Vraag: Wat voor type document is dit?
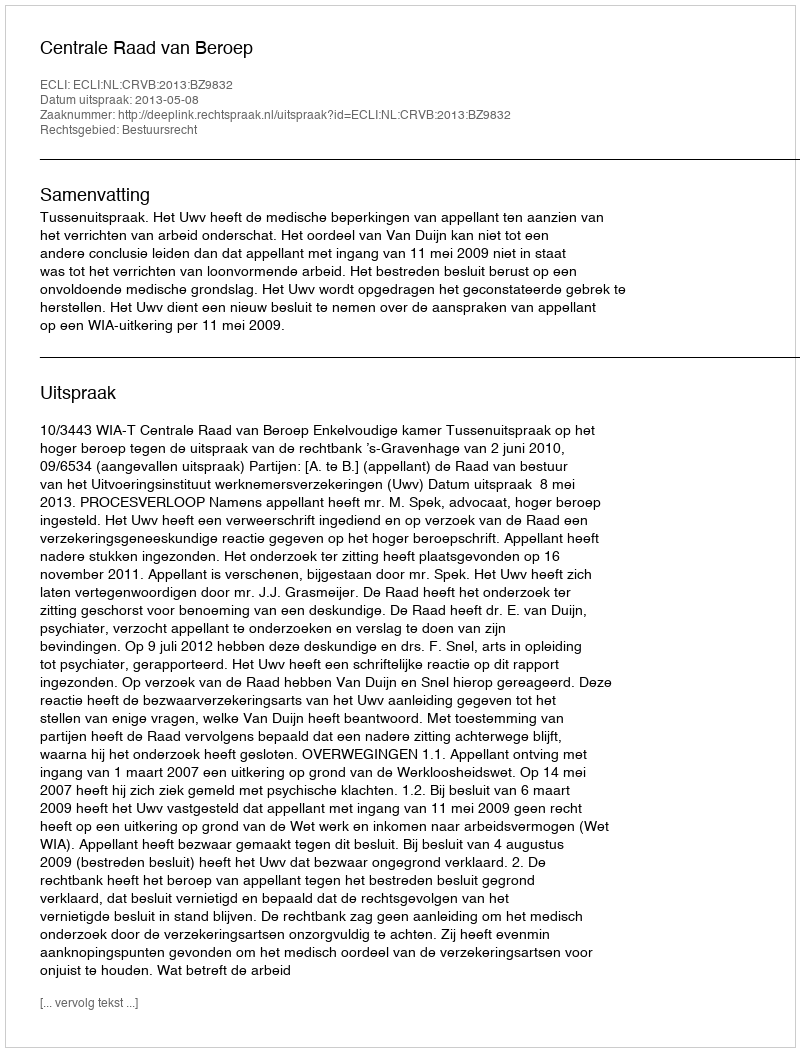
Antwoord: Uitspraak